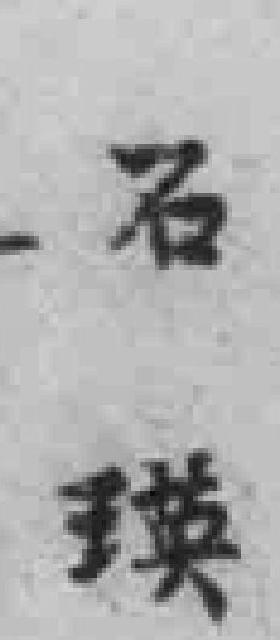
石瑛